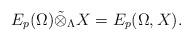
LaTeX: \begin{align*}E_{p}(\Omega) \tilde{\otimes}_{\Lambda} X = E_{p}(\Omega, X).\end{align*}